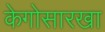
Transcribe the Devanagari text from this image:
केगोसारखा